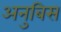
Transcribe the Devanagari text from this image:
अनुबिस